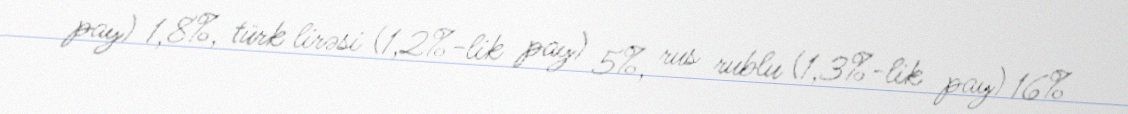
pay) 1,8%, türk lirəsi (1,2%-lik pay) 5%, rus rublu (1,3%-lik pay) 16%